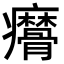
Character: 𤼑